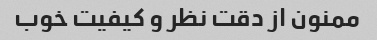
ممنون از دقت نظر و کیفیت خوب